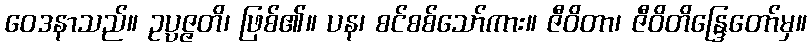
ဝေဒနာသည်။ ဥပ္ပဇ္ဇတိ၊ ဖြစ်၏။ ပန၊ စင်စစ်သော်ကား။ ဇီဝိတာ၊ ဇီဝိတိန္ဒြေတော်မှ။